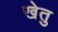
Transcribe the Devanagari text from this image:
खेतु